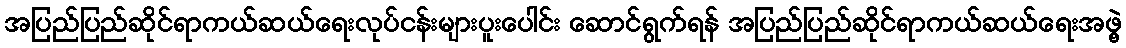
အပြည်ပြည်ဆိုင်ရာကယ်ဆယ်ရေးလုပ်ငန်းများပူးပေါင်း ဆောင်ရွက်ရန် အပြည်ပြည်ဆိုင်ရာကယ်ဆယ်ရေးအဖွဲ့